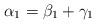
LaTeX: \begin{align*}\alpha_1=\beta_1+\gamma_1\end{align*}